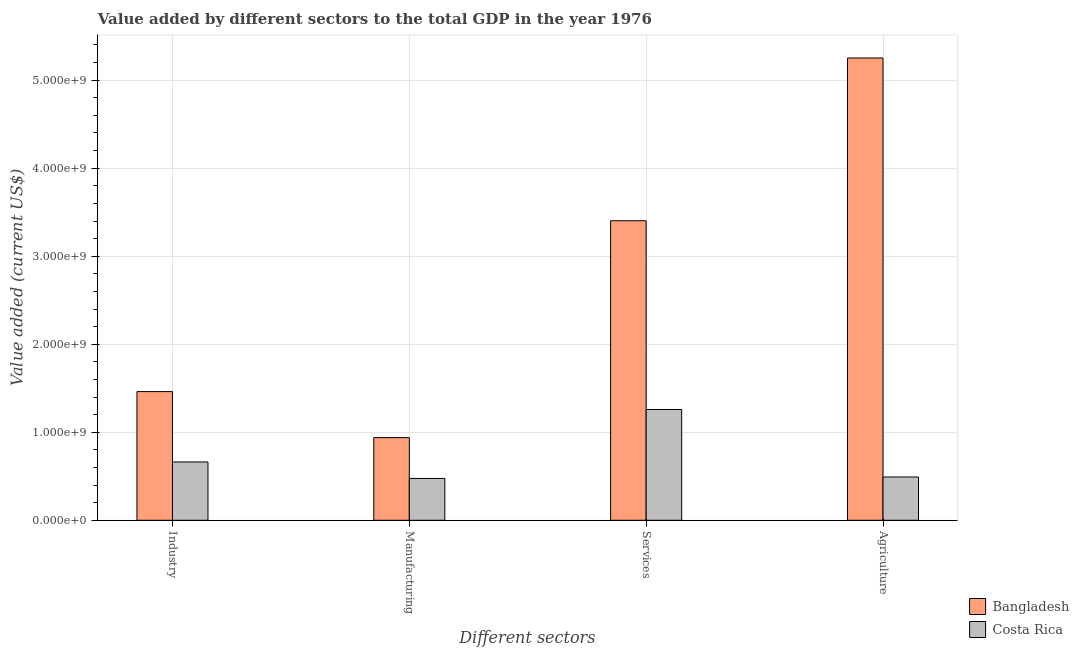
| Different sectors | Bangladesh | Costa Rica |
 | --- | --- | --- |
 | Industry | 1.46e+09 | 6.62e+08 |
 | Manufacturing | 9.39e+08 | 4.75e+08 |
 | Services | 3.4e+09 | 1.26e+09 |
 | Agriculture | 5.25e+09 | 4.92e+08 |